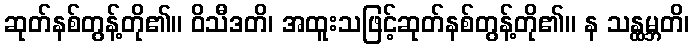
ဆုတ်နစ်တွန့်တို၏။ ဝိသီဒတိ၊ အထူးသဖြင့်ဆုတ်နစ်တွန့်တို၏။ န သန္ထမ္ဘတိ၊